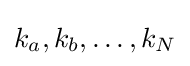
k_{a},k_{b},\ldots ,k_{N}